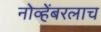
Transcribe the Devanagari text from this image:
नोव्हेंबरलाच